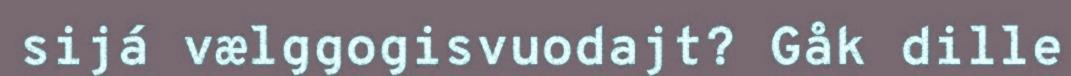
sijá vælggogisvuodajt? Gåk dille